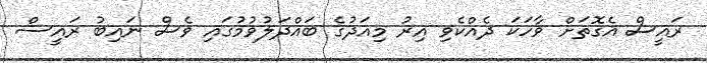
ރައީސް އެގޮތަށް ވާހަކަ ދެއްކެވި އިރު މިއަދުގެ ބައްދަލުވުމުގައި ވެސް ނައިބު ރައީސް